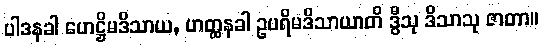
ပါဒနခါ ဟေဋ္ဌိမဒိသာယ, ဟတ္ထနခါ ဥပရိမဒိသာယာတိ ဒွီသု ဒိသာသု ဇာတာ။